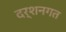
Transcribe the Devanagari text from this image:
दर्शनगत